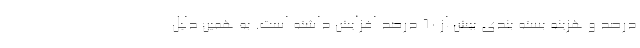
درصد و هزینه بسته بندی بیش از 60 درصد افزایش داشته است. به همین دلیل